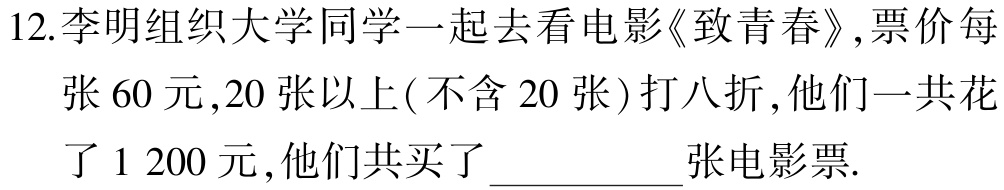
12.李明组织大学同学一起去看电影《致青春》,票价每张$60$元,$20$张以上(不含$20$张)打八折,他们一共花了$1\ 200$元,他们共买了__________张电影票.